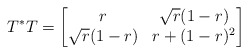
\begin{align*}T^*T=\begin{bmatrix}r & \sqrt{r}(1-r)\\\sqrt{r}(1-r) & r+(1-r)^2\\ \end{bmatrix} \end{align*}